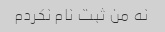
نه من ثبت نام نکردم